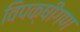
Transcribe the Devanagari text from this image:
विपक्षीगण